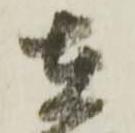
在